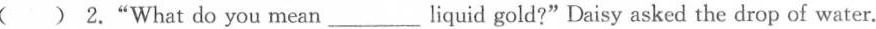
( ) 2."What do you mean___liquid gold?"Daisy asked the drop of water.